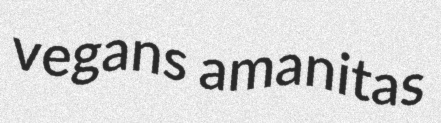
vegans amanitas